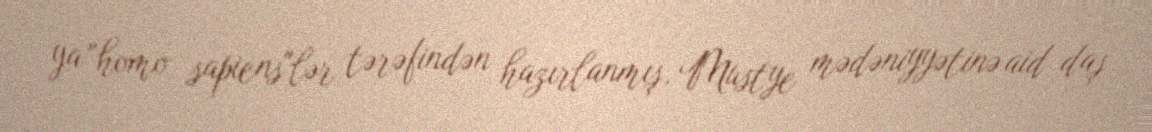
ya "homo sapiens"lər tərəfindən hazırlanmış, Mustye mədəniyyətinə aid daş